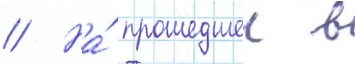
// На́ прошедшеи в